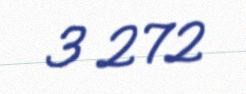
3 272